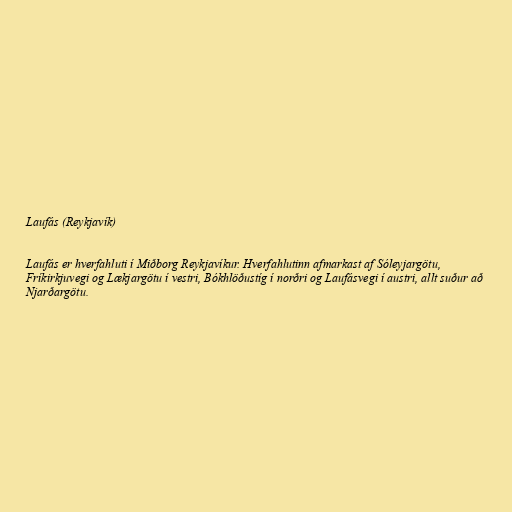
Laufás (Reykjavík)

Laufás er hverfahluti í Miðborg Reykjavíkur. Hverfahlutinn afmarkast af Sóleyjargötu,
Fríkirkjuvegi og Lækjargötu í vestri, Bókhlöðustíg í norðri og Laufásvegi í austri, allt suður að
Njarðargötu.